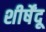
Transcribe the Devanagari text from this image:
शीर्षेंदू